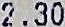
2.30